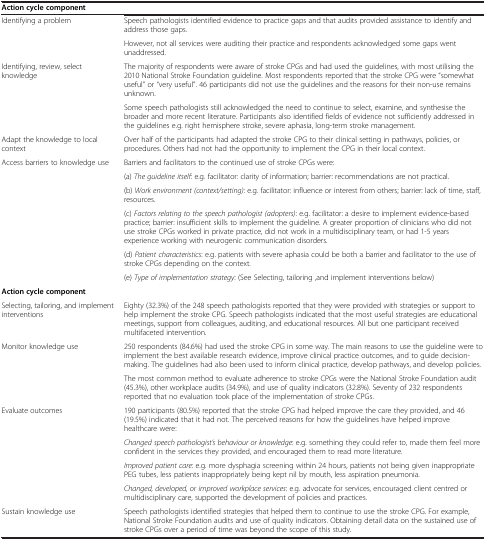
<table><thead><tr><td><b>Action cycle component</b></td><td><b> </b></td></tr></thead><tbody><tr><td rowspan="2">Identifying a problem</td><td>Speech pathologists identified evidence to practice gaps and that audits provided assistance to identify and address those gaps.</td></tr><tr><td>However, not all services were auditing their practice and respondents acknowledged some gaps went unaddressed.</td></tr><tr><td rowspan="2">Identifying, review, select knowledge</td><td>The majority of respondents were aware of stroke CPGs and had used the guidelines, with most utilising the 2010 National Stroke Foundation guideline. Most respondents reported that the stroke CPG were “somewhat useful” or “very useful”. 46 participants did not use the guidelines and the reasons for their non-use remains unknown.</td></tr><tr><td>Some speech pathologists still acknowledged the need to continue to select, examine, and synthesise the broader and more recent literature. Participants also identified fields of evidence not sufficiently addressed in the guidelines e.g. right hemisphere stroke, severe aphasia, long-term stroke management.</td></tr><tr><td>Adapt the knowledge to local context</td><td>Over half of the participants had adapted the stroke CPG to their clinical setting in pathways, policies, or procedures. Others had not had the opportunity to implement the CPG in their local context.</td></tr><tr><td rowspan="6">Access barriers to knowledge use</td><td>Barriers and facilitators to the continued use of stroke CPGs were:</td></tr><tr><td>(a) <i>The guideline itself</i>: e.g. facilitator: clarity of information; barrier: recommendations are not practical.</td></tr><tr><td>(b) <i>Work environment (context/setting)</i>: e.g. facilitator: influence or interest from others; barrier: lack of time, staff, resources.</td></tr><tr><td>(c) <i>Factors relating to the speech pathologist (adopters)</i>: e.g. facilitator: a desire to implement evidence-based practice; barrier: insufficient skills to implement the guideline. A greater proportion of clinicians who did not use stroke CPGs worked in private practice, did not work in a multidisciplinary team, or had 1-5 years experience working with neurogenic communication disorders.</td></tr><tr><td>(d) <i>Patient characteristics</i>: e.g. patients with severe aphasia could be both a barrier and facilitator to the use of stroke CPGs depending on the context.</td></tr><tr><td>(e) <i>Type of implementation strategy</i>: (See Selecting, tailoring ,and implement interventions below)</td></tr><tr><td><b>Action cycle component</b></td><td> </td></tr><tr><td>Selecting, tailoring, and implement interventions</td><td>Eighty (32.3%) of the 248 speech pathologists reported that they were provided with strategies or support to help implement the stroke CPG. Speech pathologists indicated that the most useful strategies are educational meetings, support from colleagues, auditing, and educational resources. All but one participant received multifaceted intervention.</td></tr><tr><td rowspan="2">Monitor knowledge use</td><td>250 respondents (84.6%) had used the stroke CPG in some way. The main reasons to use the guideline were to implement the best available research evidence, improve clinical practice outcomes, and to guide decision-making. The guidelines had also been used to inform clinical practice, develop pathways, and develop policies.</td></tr><tr><td>The most common method to evaluate adherence to stroke CPGs were the National Stroke Foundation audit (45.3%), other workplace audits (34.9%), and use of quality indicators (32.8%). Seventy of 232 respondents reported that no evaluation took place of the implementation of stroke CPGs.</td></tr><tr><td rowspan="4">Evaluate outcomes</td><td>190 participants (80.5%) reported that the stroke CPG had helped improve the care they provided, and 46 (19.5%) indicated that it had not. The perceived reasons for how the guidelines have helped improve healthcare were:</td></tr><tr><td><i>Changed speech pathologist’s behaviour or knowledge</i>: e.g. something they could refer to, made them feel more confident in the services they provided, and encouraged them to read more literature.</td></tr><tr><td><i>Improved patient care</i>: e.g. more dysphagia screening within 24 hours, patients not being given inappropriate PEG tubes, less patients inappropriately being kept nil by mouth, less aspiration pneumonia.</td></tr><tr><td><i>Changed, developed, or improved workplace services</i>: e.g. advocate for services, encouraged client centred or multidisciplinary care, supported the development of policies and practices.</td></tr><tr><td>Sustain knowledge use</td><td>Speech pathologists identified strategies that helped them to continue to use the stroke CPG. For example, National Stroke Foundation audits and use of quality indicators. Obtaining detail data on the sustained use of stroke CPGs over a period of time was beyond the scope of this study.</td></tr></tbody></table>